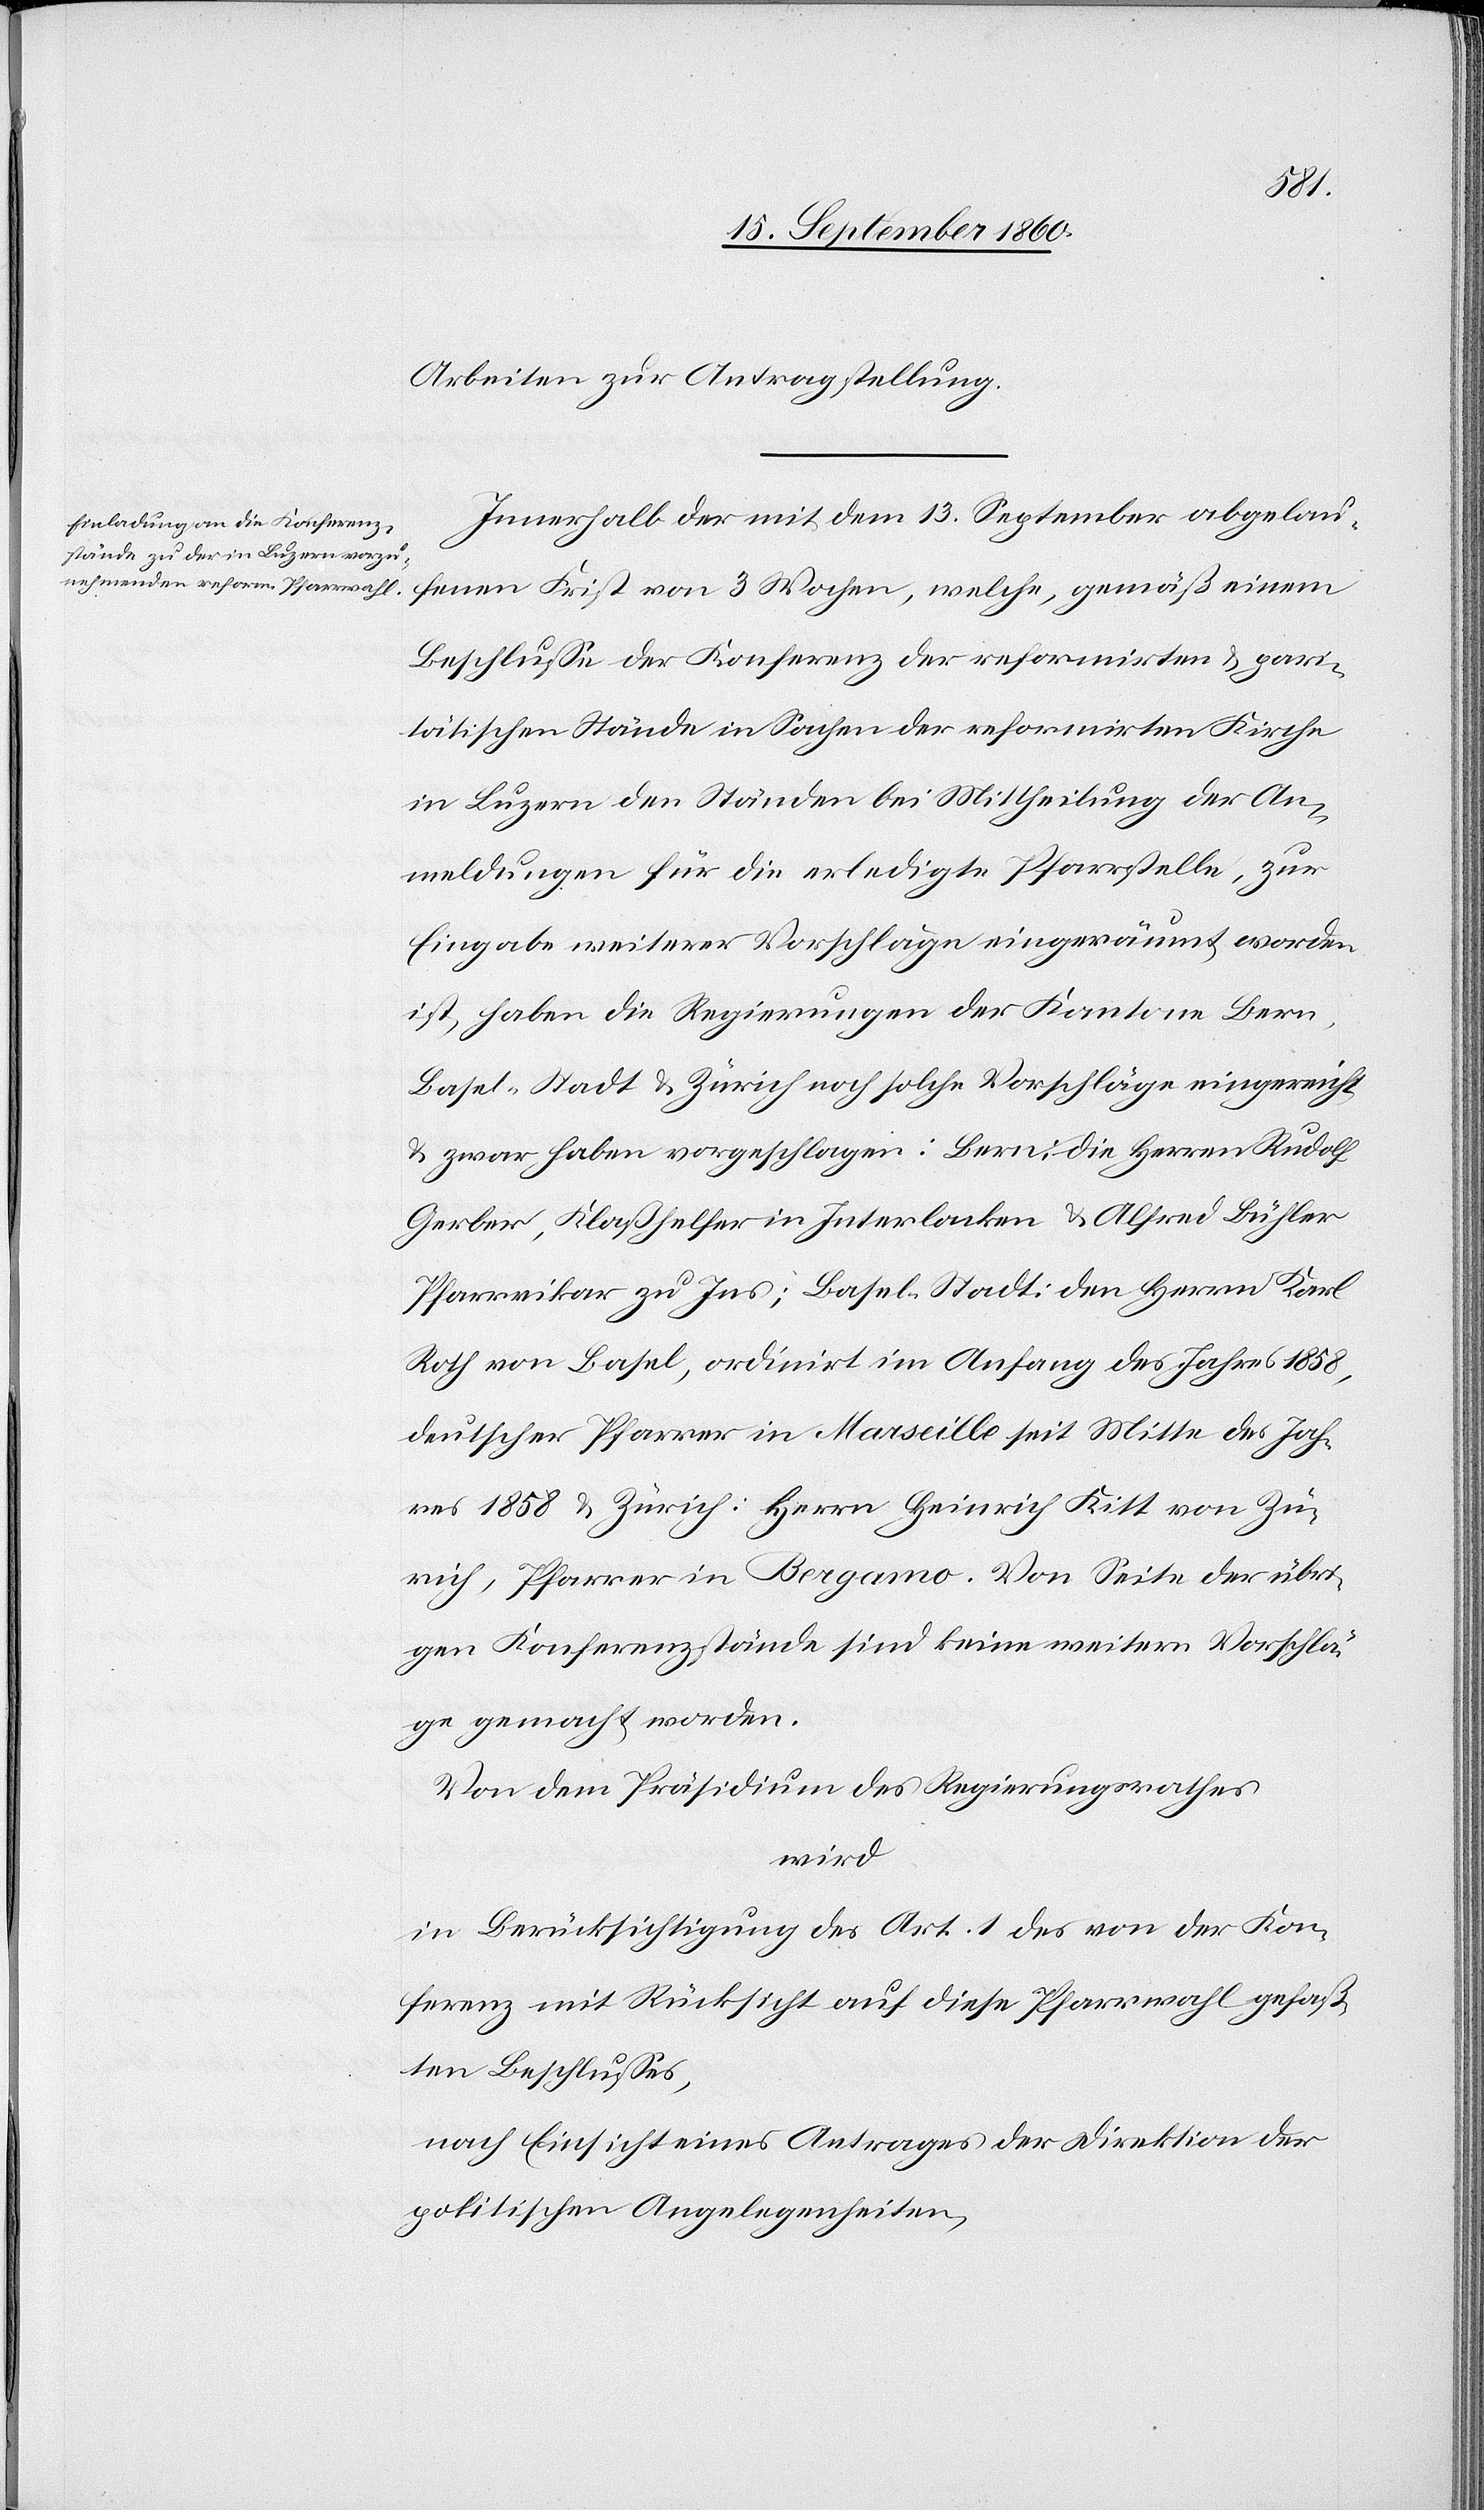
Arbeiten zur Antragstellung.
Innerhalb der mit dem 13. September abgelau¬
fenen Frist von 3 Wochen, welche, gemäß einem
Beschluße der Konferenz der reformirten u. pari¬
tätischen Stände in Sachen der reformirten Kirche
in Luzern den Ständen bei Mittheilung der An¬
meldungen für die erledigte Pfarrstelle, zur
Eingabe weiterer Vorschläge eingeräumt worden
ist, haben die Regierungen der Kantone Bern,
Basel-Stadt & Zürich noch solche Vorschläge eingereicht
& zwar haben vorgeschlagen: Bern: die Herren Rudolf
Gerber, Klaßhelfer in Interlacken & Alfred Bühler,
Pfarrvikar zu Jus; Basel-Stadt: den Herrn Karl
Roth von Basel, ordinirt im Anfang des Jahres 1858,
deutscher Pfarrer in Marseille seit Mitte des Jah¬
res 1858 & Zürich: Herrn Heinrich Kitt von Zü¬
rich, Pfarrer in Bergamo. Von Seite der übri¬
gen Konferenzstände sind keine weitern Vorschlä¬
ge gemacht worden.
Von dem Präsidium des Regierungsrathes
wird
in Berücksichtigung des Art. 1 des von der Kon¬
ferenz mit Rücksicht auf diese Pfarrwahl gefaß¬
ten Beschluß,
nach Einsicht eines Antrages der Direktion der
politischen Angelegenheiten,